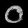
Digit: ၀